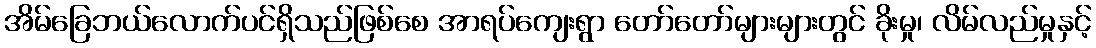
အိမ်ခြေဘယ်လောက်ပင်ရှိသည်ဖြစ်စေ အာရပ်ကျေးရွာ တော်တော်များများတွင် ခိုးမှု၊ လိမ်လည်မှုနှင့်